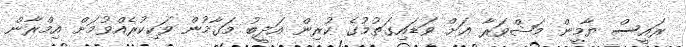
ރައީސް ޔާމީން މަޝްވަރާ އަށް ވަޑައިގަތުމުގެ ކުރިން އަދީބު މަގާމުން ވަކިކުރެއްވުމަށް އިމްރާން